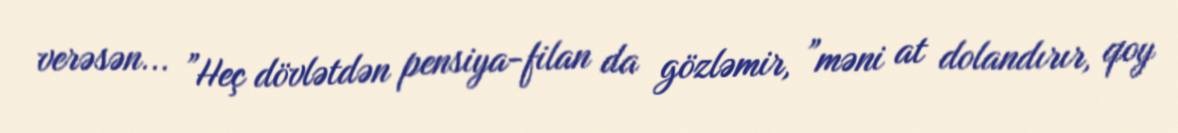
verəsən... ”Heç dövlətdən pensiya-filan da gözləmir, ”məni at dolandırır, qoy